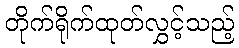
တိုက်ရိုက်ထုတ်လွှင့်သည့်